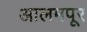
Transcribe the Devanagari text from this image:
आलमपूर